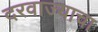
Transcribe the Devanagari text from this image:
दरवाज्याचा